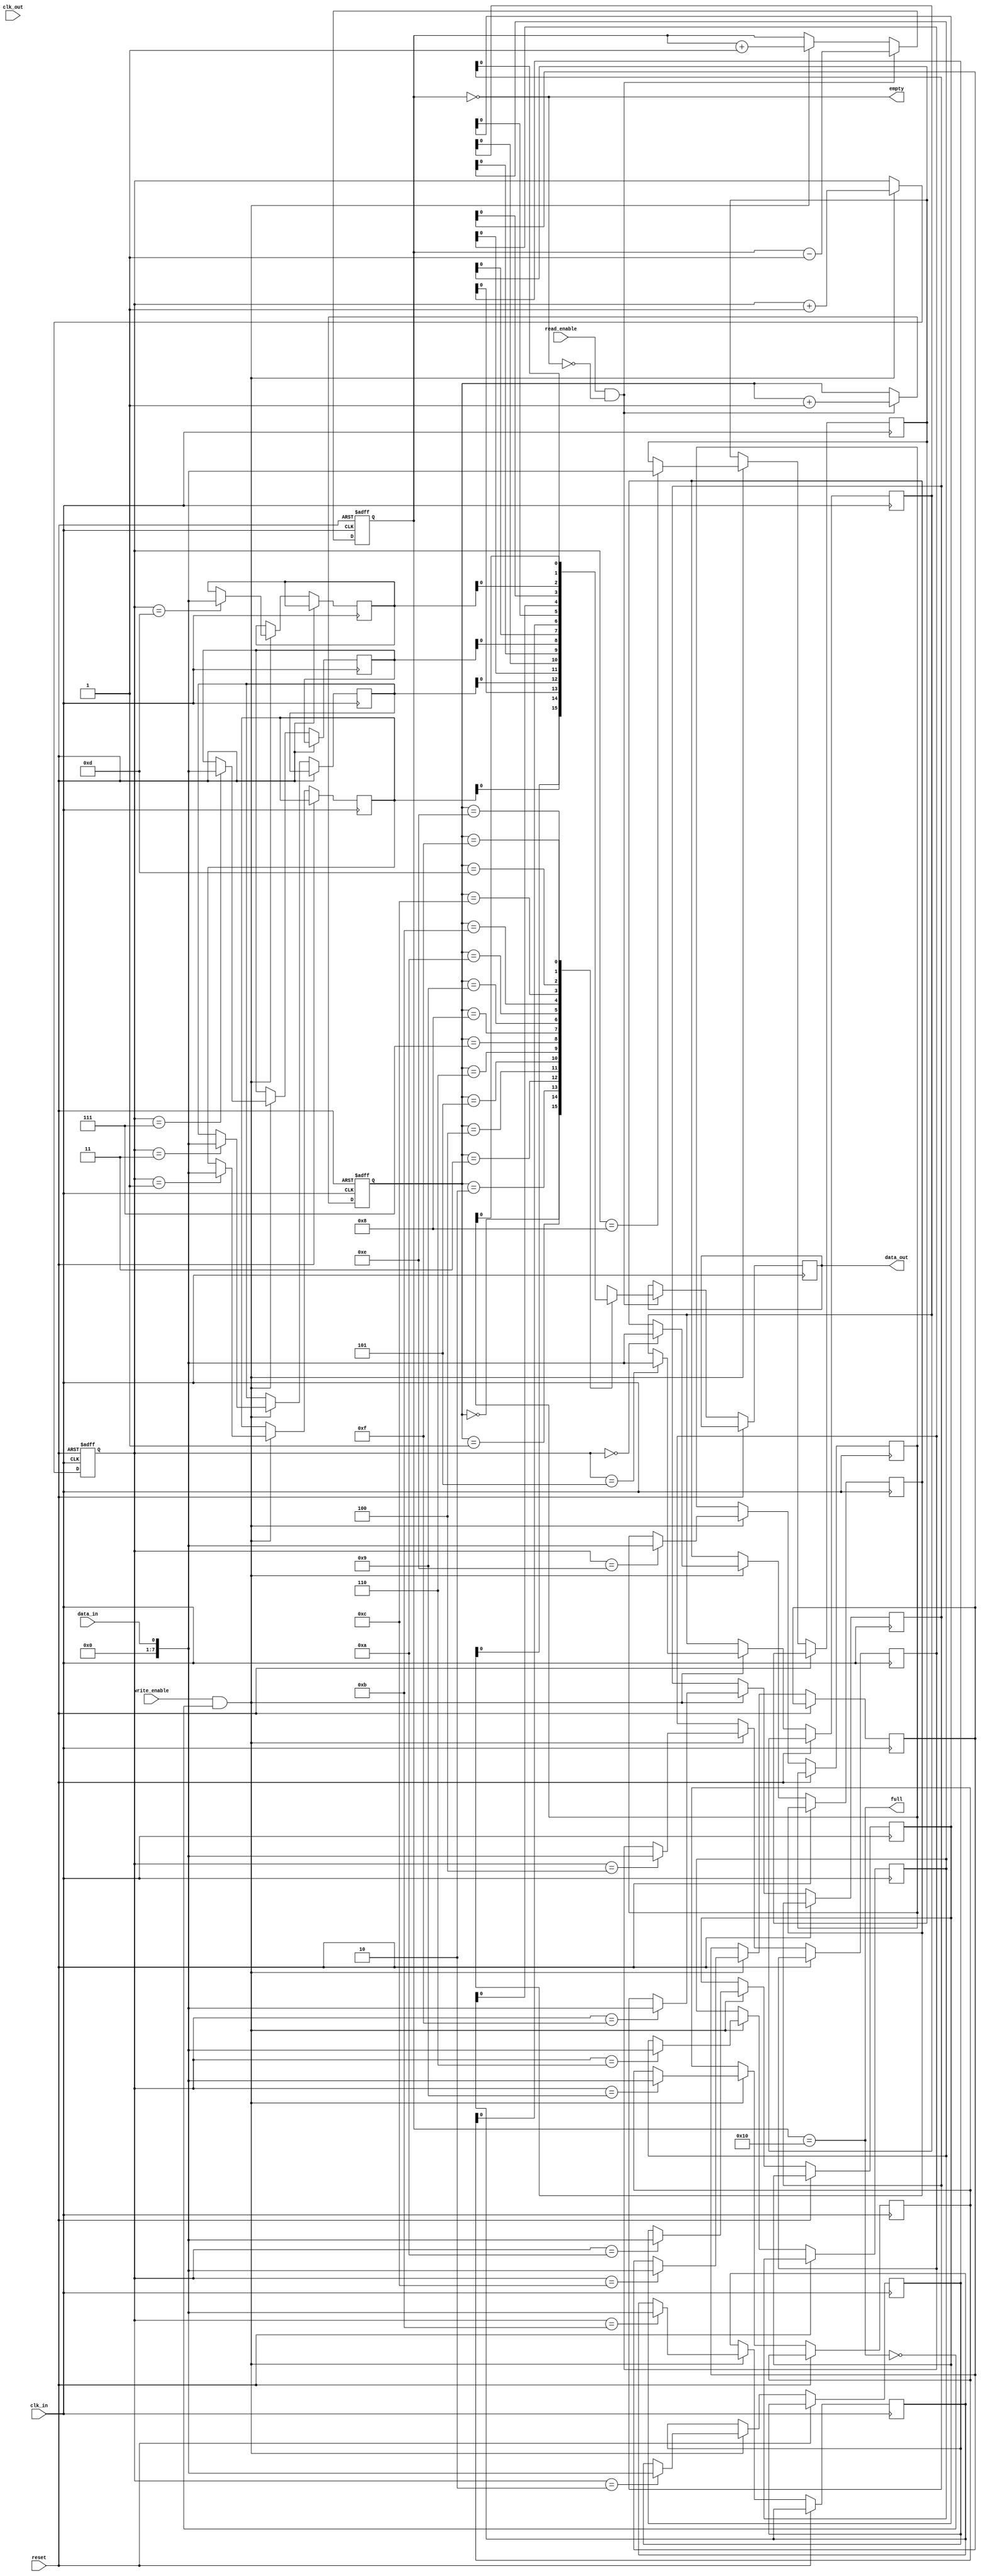
module fifo_buffer (
    input wire clk_in, // Input clock signal
    input wire clk_out, // Output clock signal
    input wire reset, // Reset signal
    input wire write_enable, // Write enable signal
    input wire read_enable, // Read enable signal
    input wire data_in, // Input data signal
    output reg data_out, // Output data signal
    output wire full, // Full flag signal
    output wire empty // Empty flag signal
);

reg [7:0] fifo [0:15]; // FIFO buffer with 16 entries
reg [3:0] write_ptr, read_ptr; // Write and read pointers
reg [7:0] fifo_count; // Number of valid entries in the FIFO buffer

always @(posedge clk_in or posedge reset) begin
    if (reset) begin
        write_ptr <= 0;
        read_ptr <= 0;
        fifo_count <= 0;
    end else begin
        if (write_enable && !full) begin
            fifo[write_ptr] <= data_in;
            write_ptr <= write_ptr + 1;
            fifo_count <= fifo_count + 1;
        end
        
        if (read_enable && !empty) begin
            data_out <= fifo[read_ptr];
            read_ptr <= read_ptr + 1;
            fifo_count <= fifo_count - 1;
        end
    end
end

assign full = (fifo_count == 16);
assign empty = (fifo_count == 0);

endmodule